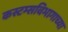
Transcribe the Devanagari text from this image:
कस्टम्सविभागाच्या